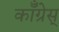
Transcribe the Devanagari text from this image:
कॉँँग्रेस्